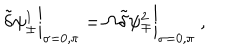
\tilde { \delta } \psi _ { \pm } ^ { 1 } \bigg | _ { \sigma = 0 , \pi } = \Omega \tilde { \delta } \psi _ { \mp } ^ { 2 } \bigg | _ { \sigma = 0 , \pi } ~ ,